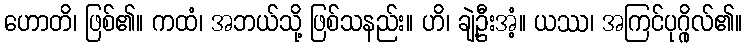
ဟောတိ၊ ဖြစ်၏။ ကထံ၊ အဘယ်သို့ ဖြစ်သနည်း။ ဟိ၊ ချဲ့ဦးအံ့။ ယဿ၊ အကြင်ပုဂ္ဂိုလ်၏။